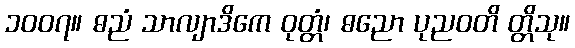
၁၀၀၇။ ဓညံ သာလျာဒိကေ ဝုတ္တံ၊ ဓညော ပုညဝတိ တ္တိသု။